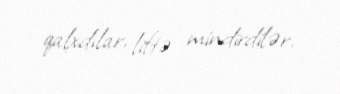
qalxdılar, liftə mindirdilər.